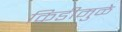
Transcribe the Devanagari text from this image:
किडीमुळे